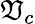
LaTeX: \mathfrak{V}_{c}